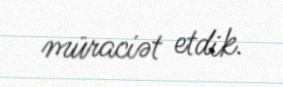
müraciət etdik.